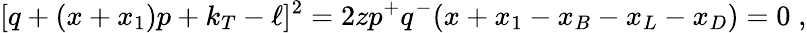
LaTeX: [q+(x+x_{1})p+k_{T}-\ell]^{2}=2zp^{+}q^{-}(x+x_{1}-x_{B}-x_{L}-x_{D})=0\; ,